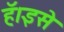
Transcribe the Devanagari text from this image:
हॅ।इसे